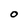
Character: O